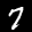
Label: 7